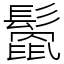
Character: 𩮻